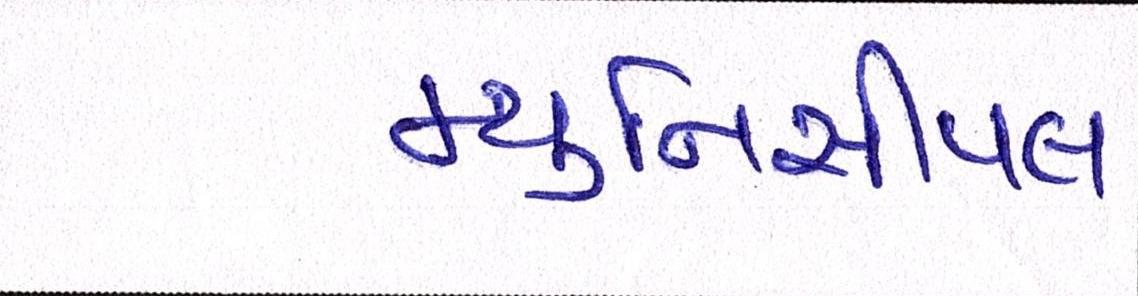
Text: મ્યુનિસીપલ